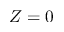
Z = 0